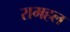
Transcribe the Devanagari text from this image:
रामहल